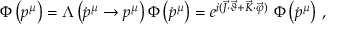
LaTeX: \Phi \left( p ^ { \mu } \right) = \Lambda \left( \dot { p } ^ { \mu } \to p ^ { \mu } \right) \Phi \left( \dot { p } ^ { \mu } \right) = e ^ { i ( \vec { J } \cdot \vec { \vartheta } + \vec { K } \cdot \vec { \varphi } ) } ~ \Phi \left( \dot { p } ^ { \mu } \right) \, ,